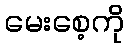
မေးစေ့ကို